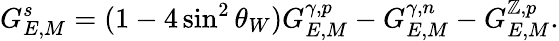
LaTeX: G_{E,M}^{s}=(1-4\sin^{2}\theta_{W})G_{E,M}^{\gamma,p}-G_{E,M}^{\gamma,n}-G_{E,M}^{\mathbb{Z},p}.